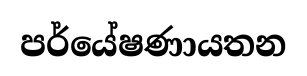
පර්යේෂණායතන